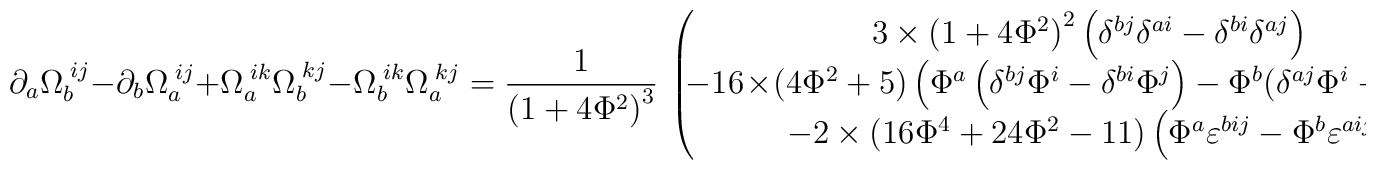
\!\!\partial _a\Omega _b^{\;ij}-\partial _b\Omega _a^{\;ij}+\Omega_a^{\;ik}\Omega _b^{\;kj}-\Omega _b^{\;ik}\Omega _a^{\;kj}=\frac 1{\left(1+4\Phi ^2\right) ^3}\,\left(\!\!\!\!\begin{array}{c}3\times \left( 1+4\Phi ^2\right) ^2\left( \delta ^{bj}\delta ^{ai}-\delta^{bi}\delta ^{aj}\right) \\-16\!\times\!\left( 4\Phi ^2+5\right) \left( \Phi ^a\left( \delta ^{bj}\Phi^i-\delta ^{bi}\Phi ^j\right) -\Phi ^b\!\left( \delta ^{aj}\Phi ^i-\delta^{ai}\Phi ^j\right) \right) \\-2\times \left( 16\Phi ^4+24\Phi ^2-11\right) \left( \Phi ^a\varepsilon^{bij}-\Phi ^b\varepsilon ^{aij}\right)\end{array}\!\!\!\right)\!.